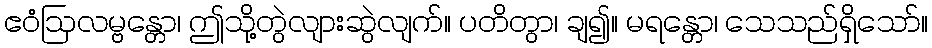
ဧဝံဩလမ္ဗန္တော၊ ဤသို့တွဲလျားဆွဲလျက်။ ပတိတွာ၊ ချ၍။ မရန္တော၊ သေသည်ရှိသော်။